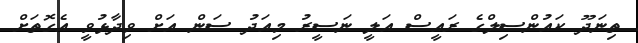
ތިނަދޫ ކައުންސިލްގެ ރައީސް އަލީ ނަސީރު މިއަދު ސަން އަށް ވިދާޅުވީ އެގޮތަށް